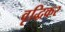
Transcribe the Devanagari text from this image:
वृद्धिकर